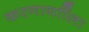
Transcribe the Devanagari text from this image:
करणार्याीला